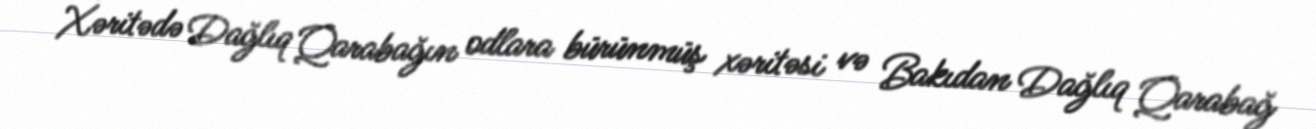
Xəritədə Dağlıq Qarabağın odlara bürünmüş xəritəsi və Bakıdan Dağlıq Qarabağ